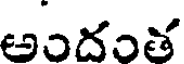
అందంత